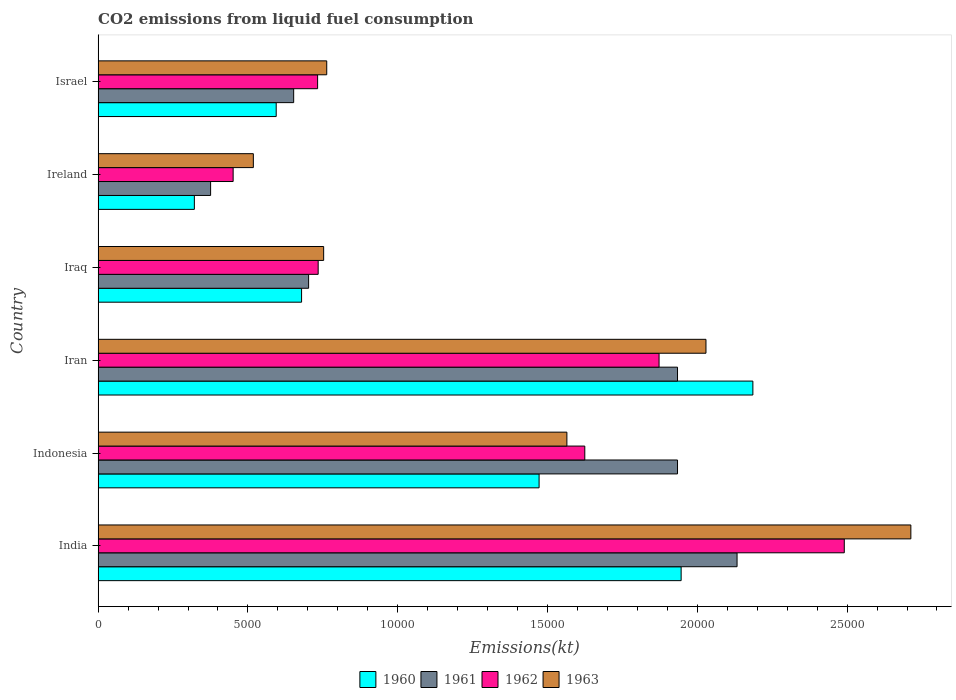
| Country | 1960 | 1961 | 1962 | 1963 |
 | --- | --- | --- | --- | --- |
 | India | 1.95e+04 | 2.13e+04 | 2.49e+04 | 2.71e+04 |
 | Indonesia | 1.47e+04 | 1.93e+04 | 1.62e+04 | 1.56e+04 |
 | Iran | 2.19e+04 | 1.93e+04 | 1.87e+04 | 2.03e+04 |
 | Iraq | 6.79e+03 | 7.03e+03 | 7.35e+03 | 7.53e+03 |
 | Ireland | 3.21e+03 | 3.76e+03 | 4.51e+03 | 5.18e+03 |
 | Israel | 5.94e+03 | 6.53e+03 | 7.33e+03 | 7.63e+03 |